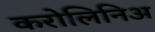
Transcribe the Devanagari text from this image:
करोलिनिअ